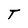
Character: T